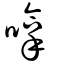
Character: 嗱